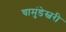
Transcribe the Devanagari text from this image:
चामुंडेस्वरी